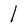
Character: 1